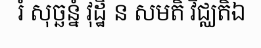
រំ សុច្ឆន្នំ វុដ្ឋិ ន សមតិ វិជ្ឈតិឯ